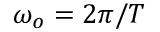
\omega _ { o } = 2 \pi / T